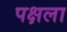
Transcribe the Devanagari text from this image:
पक्षला